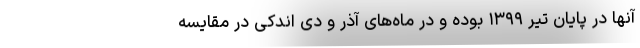
آنها در پایان تیر ۱۳۹۹ بوده و در ماه‌های آذر و دی اندکی در مقایسه